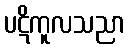
ပဋိကူလသညာ